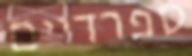
ספרדיים